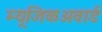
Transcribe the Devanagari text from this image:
म्यूजिकअवार्ड